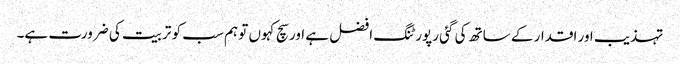
تہذیب اور اقدار کے ساتھ کی گئی رپورٹنگ افضل ہے اور سچ کہوں تو ہم سب کو تربیت کی ضرورت ہے۔